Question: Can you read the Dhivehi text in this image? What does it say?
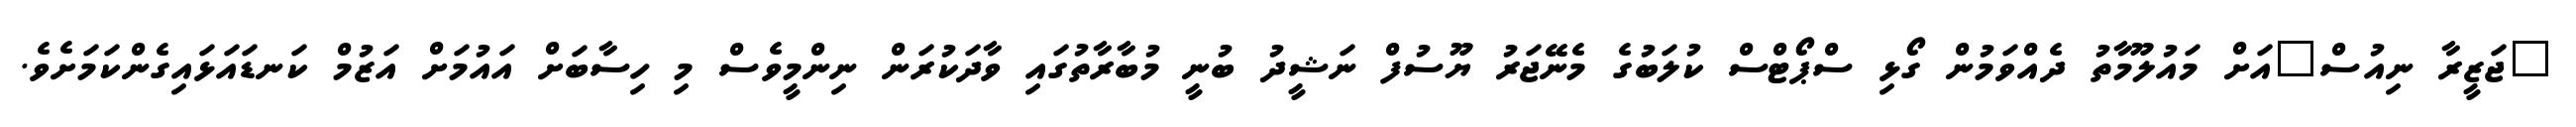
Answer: "ޖަޒީރާ ނިއުސް"އަށް މައުލޫމާތު ދެއްވަމުން ގޯޅި ސްޕޯޓްސް ކުލަބުގެ މެނޭޖަރު ޔޫސުފް ނަޝީދު ބުނީ މުބާރާތުގައި ވާދަކުރަން ނިންމީވެސް މި ހިސާބަށް އައުމަށް އަޒުމް ކަނޑައަޅައިގެންކަމަށެވެ.